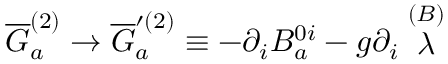
\overline { { { G } } } _ { a } ^ { ( 2 ) } \rightarrow \overline { { { G } } } _ { a } ^ { \prime ( 2 ) } \equiv - \partial _ { i } B _ { a } ^ { 0 i } - g \partial _ { i } \stackrel { ( B ) } { \lambda }